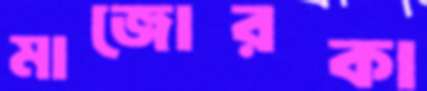
মাজোরকা